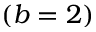
( b = 2 )